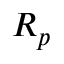
R _ { p }